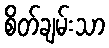
စိတ်ချမ်းသာ